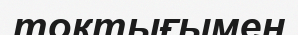
тоқтығымен